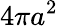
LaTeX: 4\pi a^{2}